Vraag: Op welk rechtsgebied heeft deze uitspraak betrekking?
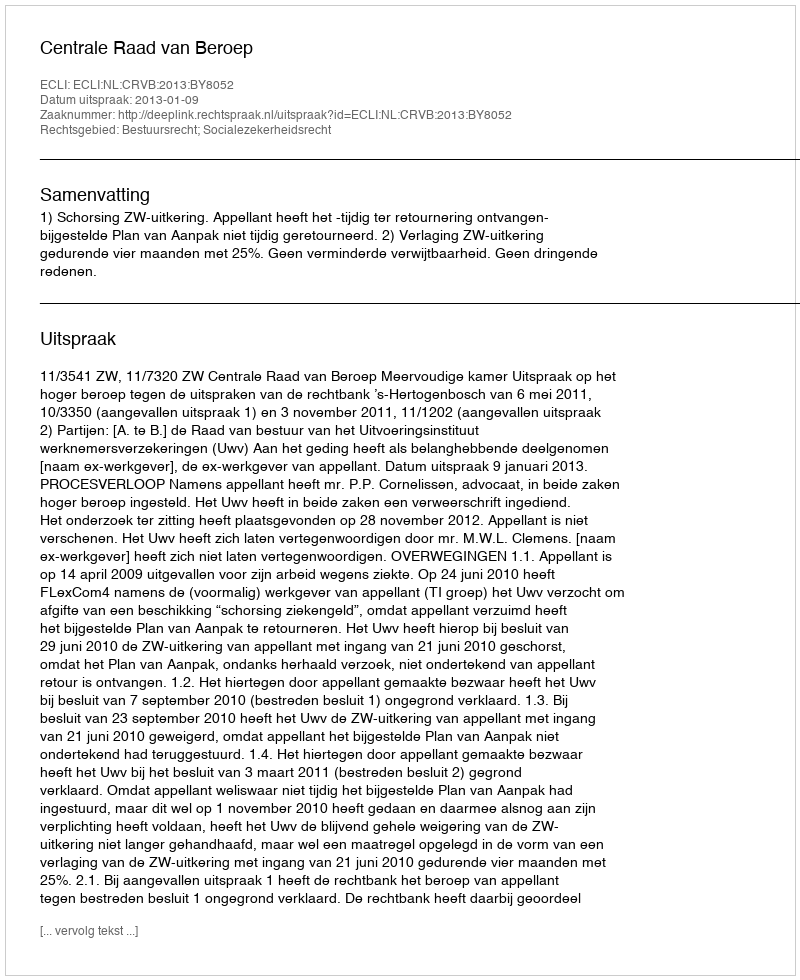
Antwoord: Bestuursrecht; Socialezekerheidsrecht